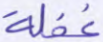
غفلة